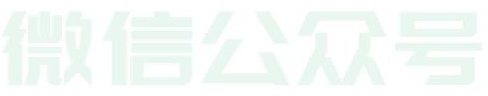
微信公众号